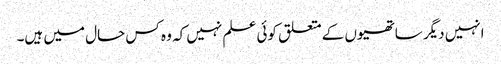
انہیں دیگر ساتھیوں کے متعلق کوئی علم نہیں کہ وہ کس حال میں ہیں۔